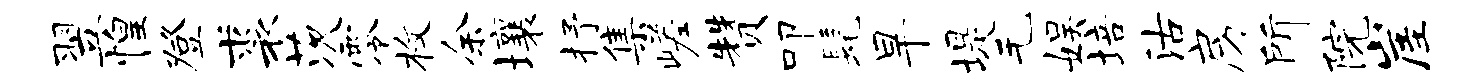
翌惶登裘茨零枚余壤抒集嵯赞叩髦旱堤毛娱培沽房所院崖